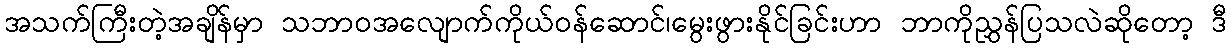
အသက်ကြီးတဲ့အချိန်မှာ သဘာဝအလျောက်ကိုယ်ဝန်ဆောင်၊မွေးဖွားနိုင်ခြင်းဟာ ဘာကိုညွှန်ပြသလဲဆိုတော့ ဒီ